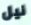
نيل